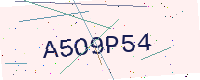
Text: A5O9P54